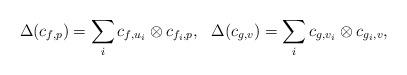
LaTeX: \begin{align*}\Delta(c_{f,p})=\sum_ic_{f,u_i}\otimes c_{f_i,p},\ \ \Delta(c_{g,v})=\sum_ic_{g,v_i}\otimes c_{g_i,v},\end{align*}